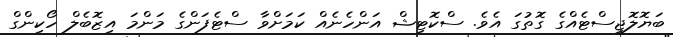
ބަޔޮލޮޖިސްޓެއްގެ ގޮތުގަ އެވެ. ސްކޮޓިޝް އަންހެނެއް ކަމަށްވާ ސްޓެފަންގެ މަންމަ އިޒޮބެލް ހޯކިންގް